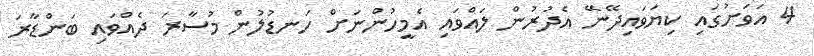
4 އަވަށުގައި ކިޔަވައިދޭނޭ އެދުރުން ލައްވައި އެމީހުންނަށް ހަނޑުލުން މުސާރަ ދެއްވައި ބަންޑާރަ